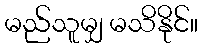
မည်သူမျှ မသိနိုင်။